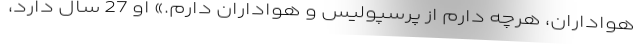
هواداران، هرچه دارم از پرسپولیس و هواداران دارم.» او 27 سال دارد،